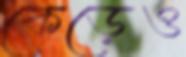
কেড়েও